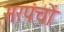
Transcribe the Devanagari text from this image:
सरपंचों